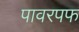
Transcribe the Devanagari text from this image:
पावरपफ